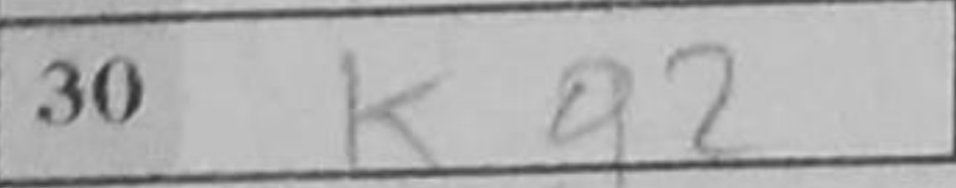
Transcription: Kg2